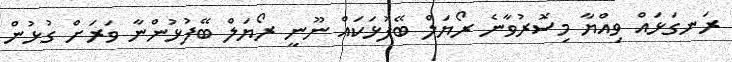
ރަނގަޅައް ވިއްޔާ މިސޮރުވާނެ ރޯޔަލް ބޭފުޅަކައް ނޫނީ ރޯޔަލް ބޭފުޅުންނާ ވަރަށް ގުޅުން